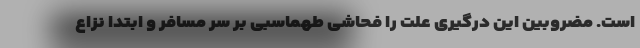
است. مضروبین این درگیری علت را فحاشی طهماسبی بر سر مسافر و ابتدا نزاع